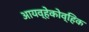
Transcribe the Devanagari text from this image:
आयव्हेकोव्हिक